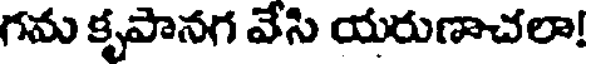
గమ కృపానగ వేసి యరుణాచలా!